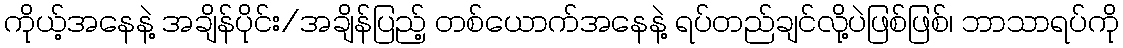
ကိုယ့်အနေနဲ့ အချိန်ပိုင်း/အချိန်ပြည့် တစ်ယောက်အနေနဲ့ ရပ်တည်ချင်လို့ပဲဖြစ်ဖြစ်၊ ဘာသာရပ်ကို